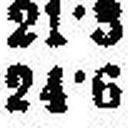
24·6